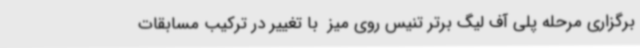
برگزاری مرحله پلی آف لیگ برتر تنیس روی میز  با تغییر در ترکیب مسابقات